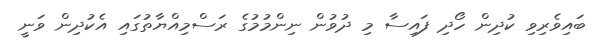
ބައިވެރިވި ކުދިން ހޯދި ފައިސާ މި ދުވުން ނިންމުމުގެ ރަސްމިއްޔާތުގައި އެކުދިން ވަނީ